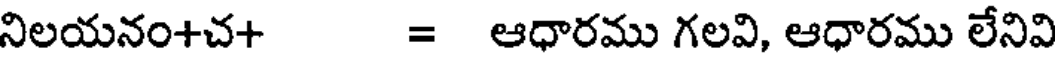
నిలయనం+చ+ = ఆధారము గలవి, ఆధారము లేనివి